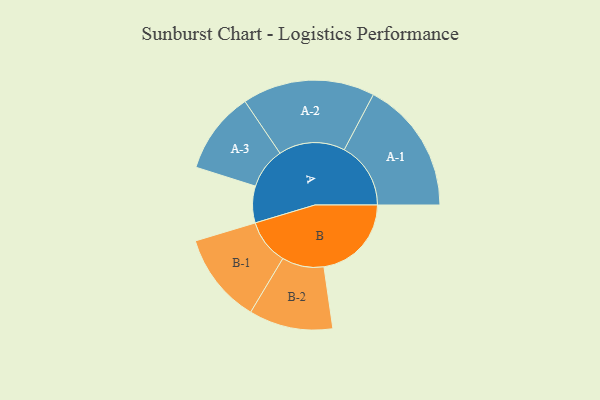
{"axis": {"x": "Segment", "y": "Value"}, "legend": ["", "A", "B"], "data": [{"x": "A", "y": 154, "type": ""}, {"x": "B", "y": 367, "type": ""}, {"x": "A-1", "y": 279, "type": "A"}, {"x": "A-2", "y": 278, "type": "A"}, {"x": "A-3", "y": 172, "type": "A"}, {"x": "B-1", "y": 190, "type": "B"}, {"x": "B-2", "y": 176, "type": "B"}]}